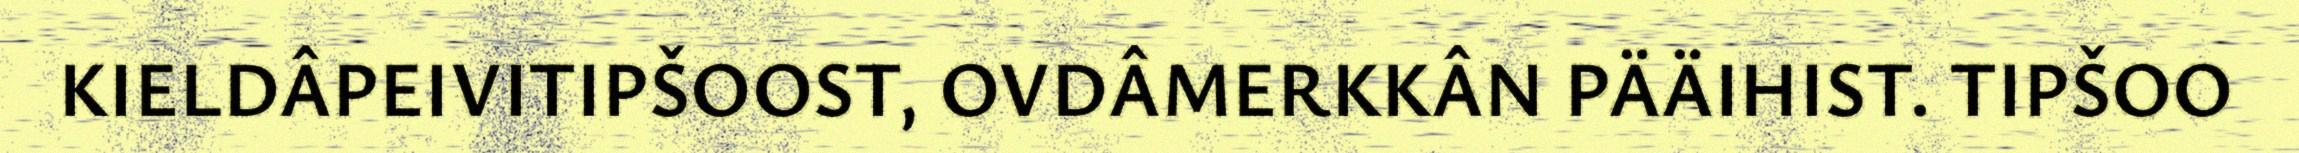
KIELDÂPEIVITIPŠOOST, OVDÂMERKKÂN PÄÄIHIST. TIPŠOO